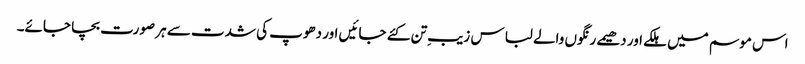
اس موسم میں ہلکے اور دھیمے رنگوں والے لباس زیبِ تن کئے جائیں اور دھوپ کی شدت سے ہر صورت بچا جائے۔